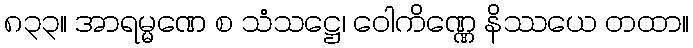
၈၃၃။ အာရမ္မဏေ စ သံသဋ္ဌေ၊ ဝေါကိဏ္ဏေ နိဿယေ တထာ။